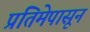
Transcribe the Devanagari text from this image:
प्रतिमेपासून